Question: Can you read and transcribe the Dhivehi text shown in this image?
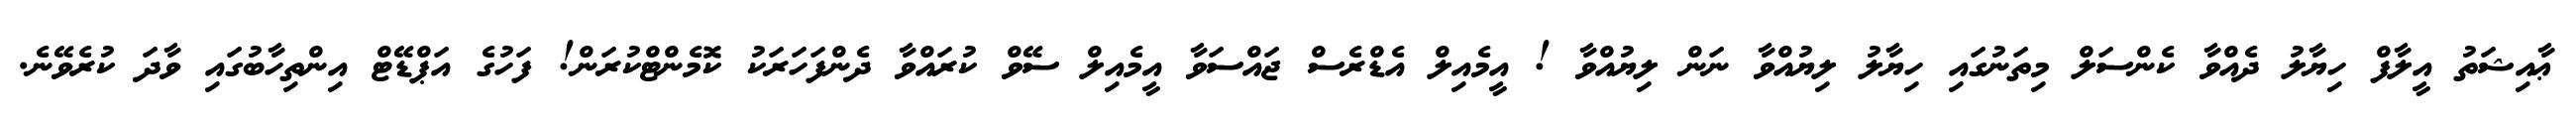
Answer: ޢާއިޝަތު އީލާފް ހިޔާލު ދެއްވާ ކެންސަލް މިތަނުގައި ހިޔާލު ލިޔުއްވާ ނަން ލިޔުއްވާ ! އީމެއިލް އެޑްރެސް ޖައްސަވާ އީމެއިލް ސޭވް ކުރައްވާ ދެންފަހަރަކު ކޮމެންޓްކުރަން! ފަހުގެ އަޕްޑޭޓް އިންތިހާބުގައި ވާދަ ކުރެވޭނެ.